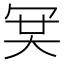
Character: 𠖉